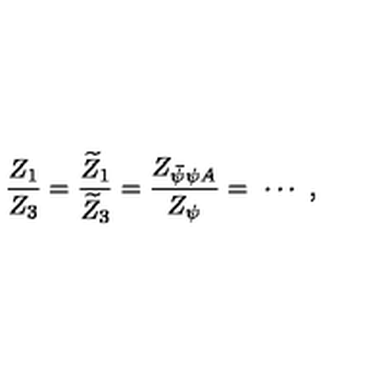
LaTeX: { \frac { Z _ { 1 } } { Z _ { 3 } } } = { \frac { \widetilde Z _ { 1 } } { \widetilde Z _ { 3 } } } = { \frac { Z _ { \bar { \psi } \psi A } } { Z _ { \psi } } } = \ \cdots \ ,